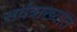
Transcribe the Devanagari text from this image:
सर्वत्राख्यात